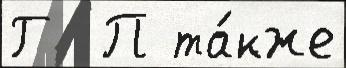
Г  П та́кже